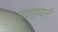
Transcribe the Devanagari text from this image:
प्रवाहवर्त